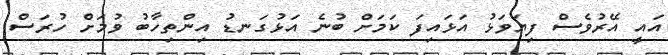
އައީ އޭރުވެސް ފިޔަވަޅު އަޅައިފަ ކަމަށް ބުނެ އަޅުގަނޑު އިންތިހާބު ވުމަށް ހުރަސް